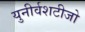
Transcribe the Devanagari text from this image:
युनीर्वशटीजो